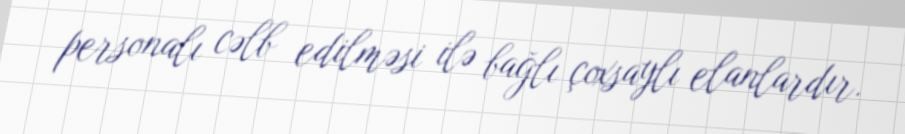
personalı cəlb edilməsi ilə bağlı çoxsaylı elanlardır.